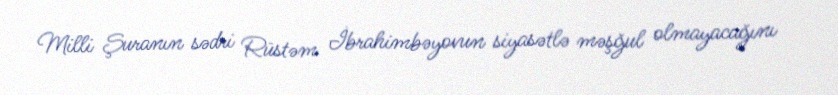
Milli Şuranın sədri Rüstəm İbrahimbəyovun siyasətlə məşğul olmayacağını